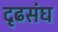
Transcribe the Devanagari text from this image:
दृढसंघ